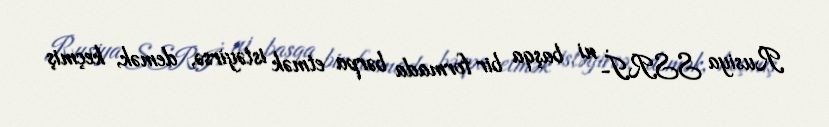
Rusiya SSRİ- ni başqa bir formada bərpa etmək istəyirsə, demək, keçmiş